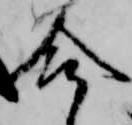
合